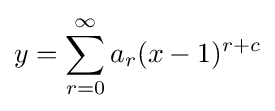
y=\sum _{r=0}^{\infty }a_{r}(x-1)^{r+c}